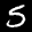
Label: 5